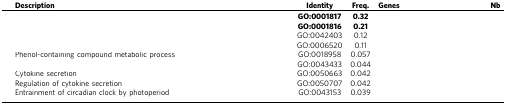
<table><thead><tr><td>[EMPTY_CELL]</td><td><b>Description</b></td><td><b>Identity</b></td><td><b>Freq.</b></td><td><b>Genes</b></td><td><b>Nb</b></td></tr></thead><tbody><tr><td>[EMPTY_CELL]</td><td>[EMPTY_CELL]</td><td><b>GO:0001817</b></td><td><b>0.32</b></td><td>[EMPTY_CELL]</td><td>[EMPTY_CELL]</td></tr><tr><td>[EMPTY_CELL]</td><td>[EMPTY_CELL]</td><td><b>GO:0001816</b></td><td><b>0.21</b></td><td>[EMPTY_CELL]</td><td>[EMPTY_CELL]</td></tr><tr><td>[EMPTY_CELL]</td><td>[EMPTY_CELL]</td><td>GO:0042403</td><td>0.12</td><td>[EMPTY_CELL]</td><td>[EMPTY_CELL]</td></tr><tr><td>[EMPTY_CELL]</td><td>[EMPTY_CELL]</td><td>GO:0006520</td><td>0.11</td><td>[EMPTY_CELL]</td><td>[EMPTY_CELL]</td></tr><tr><td>[EMPTY_CELL]</td><td>Phenol-containing compound metabolic process</td><td>GO:0018958</td><td>0.057</td><td>[EMPTY_CELL]</td><td>[EMPTY_CELL]</td></tr><tr><td>[EMPTY_CELL]</td><td>[EMPTY_CELL]</td><td>GO:0043433</td><td>0.044</td><td>[EMPTY_CELL]</td><td>[EMPTY_CELL]</td></tr><tr><td>[EMPTY_CELL]</td><td>Cytokine secretion</td><td>GO:0050663</td><td>0.042</td><td>[EMPTY_CELL]</td><td>[EMPTY_CELL]</td></tr><tr><td>[EMPTY_CELL]</td><td>Regulation of cytokine secretion</td><td>GO:0050707</td><td>0.042</td><td>[EMPTY_CELL]</td><td>[EMPTY_CELL]</td></tr><tr><td>[EMPTY_CELL]</td><td>Entrainment of circadian clock by photoperiod</td><td>GO:0043153</td><td>0.039</td><td>[EMPTY_CELL]</td><td>[EMPTY_CELL]</td></tr></tbody></table>